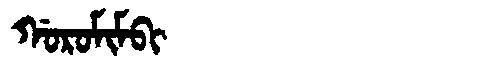
Manchu: ᡤᠣᡵᠣᠮᡳᠮᠪᡳ
Romanization: GOROMIMBI